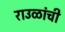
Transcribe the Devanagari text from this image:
राउळांची